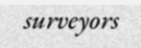
surveyors